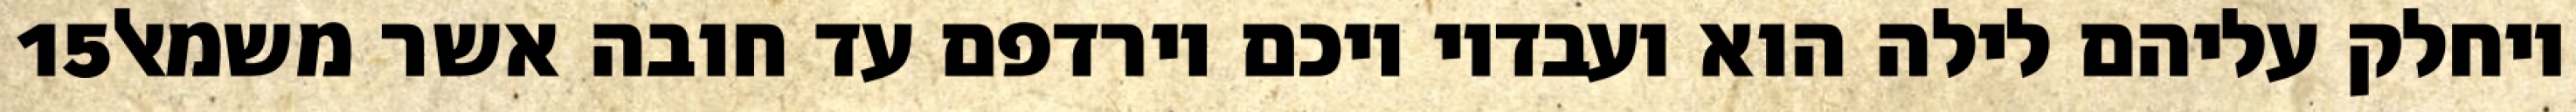
‎15‏ ויחלק עליהם לילה הוא ועבדיו ויכם וירדפם עד חובה אשר משמאל